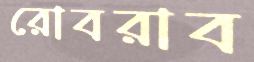
রোবরাব